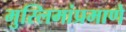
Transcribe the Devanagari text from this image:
मुस्लिमांप्रमाणे